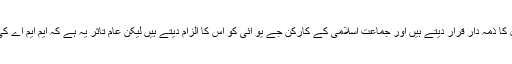
جے یو آئی کے وابستگان سے پوچھا جائے تو وہ جماعت اسلامی کو اس صورتحال کا ذمہ دار قرار دیتے ہیں اور جماعت اسلامی کے کارکن جے یو آئی کو اس کا الزام دیتے ہیں لیکن عام تاثر یہ ہے کہ ایم ایم اے کی یہ حالت کرنے میں جے یو آئی کی ضد اور اقتدار کیلئے تڑپ کا زیادہ حصہ ہے۔